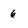
Character: 6